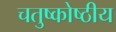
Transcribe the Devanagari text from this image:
चतुष्कोष्ठीय